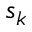
s _ { k }